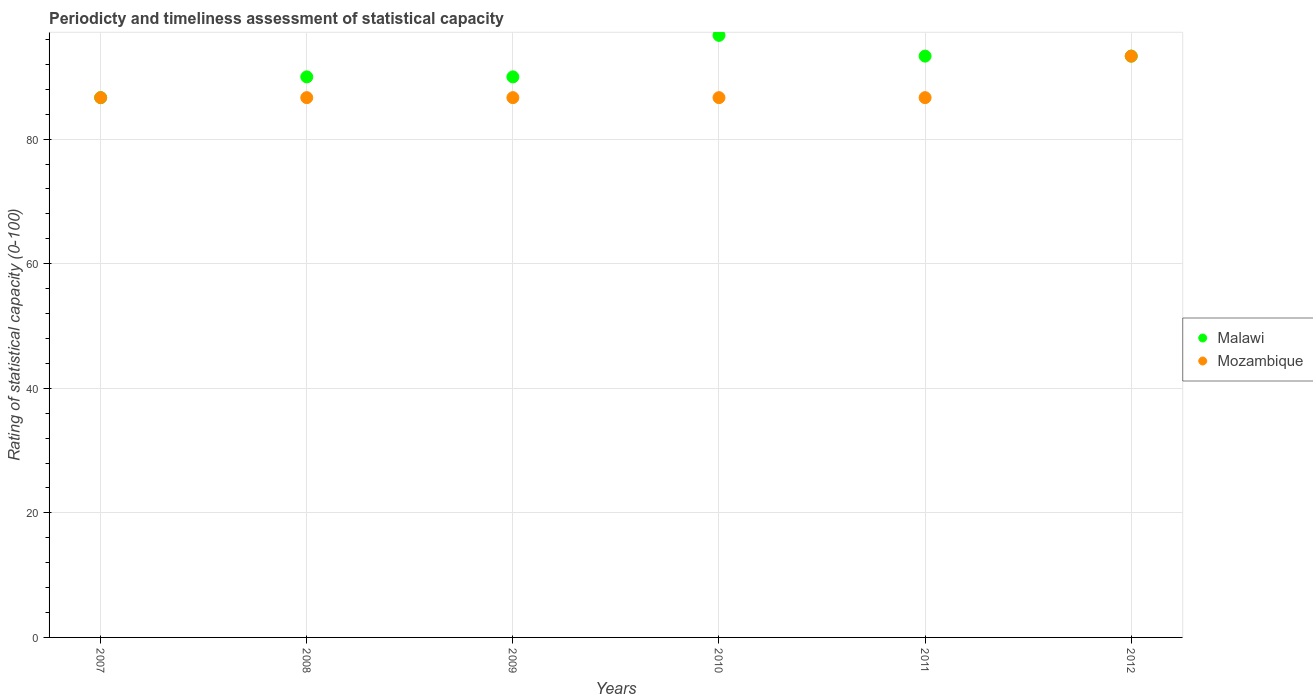
| Years | Malawi | Mozambique |
 | --- | --- | --- |
 | 2007 | 86.7 | 86.7 |
 | 2008 | 90 | 86.7 |
 | 2009 | 90 | 86.7 |
 | 2010 | 96.7 | 86.7 |
 | 2011 | 93.3 | 86.7 |
 | 2012 | 93.3 | 93.3 |